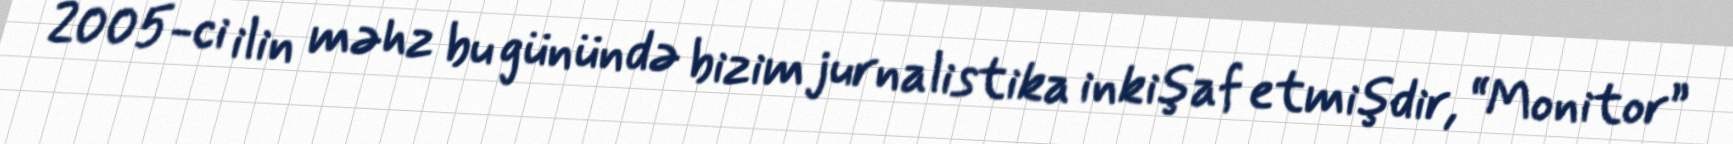
2005-ci ilin məhz bu günündə bizim jurnalistika inkişaf etmişdir, “Monitor”